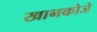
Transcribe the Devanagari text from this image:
खानकोजे